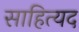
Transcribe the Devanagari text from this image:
साहित्यद